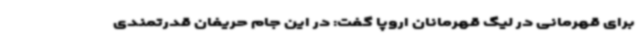
برای قهرمانی در لیگ قهرمانان اروپا گفت: در این جام حریفان قدرتمندی